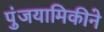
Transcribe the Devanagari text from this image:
पुंजयामिकीने